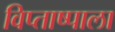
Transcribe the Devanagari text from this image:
विप्ताष्पाला